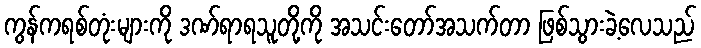
ကွန်ကရစ်တုံးများကို ဒဏ်ရာရသူတို့ကို အသင်းတော်အသက်တာ ဖြစ်သွားခဲ့လေသည်